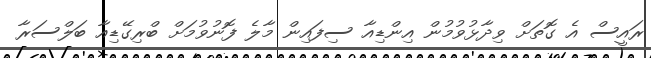
ރައީސް އެ ގޮތަށް ވިދާޅުވުމުން އިންޑިއާ ސިފައިން މާލެ ފޮނުވުމަށް ބްރިގޭޑިއާ ބަލްސަރާ